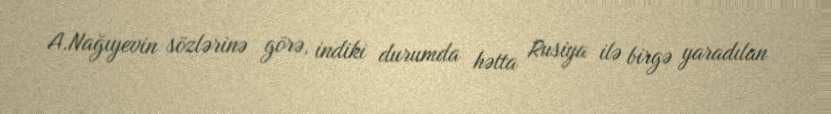
A.Nağıyevin sözlərinə görə, indiki durumda hətta Rusiya ilə birgə yaradılan